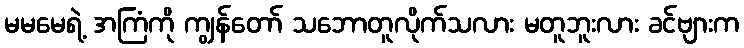
မမမေရဲ့ အကြံကို ကျွန်တော် သဘောတူလိုက်သလား မတူဘူးလား ခင်ဗျားက